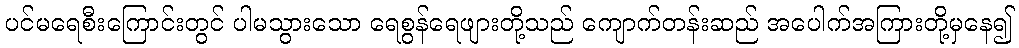
ပင်မရေစီးကြောင်းတွင် ပါမသွားသော ရေစွန်ရေဖျားတို့သည် ကျောက်တန်းဆည် အပေါက်အကြားတို့မှနေ၍